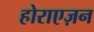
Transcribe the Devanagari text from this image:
होराएज़न